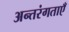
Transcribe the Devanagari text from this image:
अन्तरंगताएँ